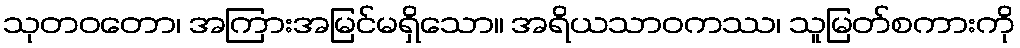
သုတဝတော၊ အကြားအမြင်မရှိသော။ အရိယသာဝကဿ၊ သူမြတ်စကားကို